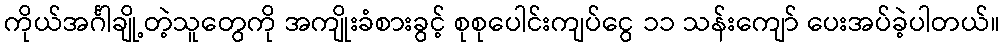
ကိုယ်အင်္ဂါချို့တဲ့သူတွေကို အကျိုးခံစားခွင့် စုစုပေါင်းကျပ်ငွေ ၁၁ သန်းကျော် ပေးအပ်ခဲ့ပါတယ်။